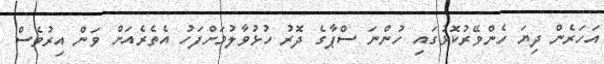
އަހަރެން ދިޔަ ހެންވޭރުކޮޅުގައި ހުންނަ ސްޕާގެ ދޮރު ހުޅުވާލުމަށްފަހު އެތެރެއަށް ވަން އިރުވެސް